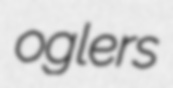
oglers